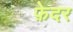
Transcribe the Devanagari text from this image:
फ़ेदर